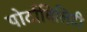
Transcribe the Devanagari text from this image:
पोर्टाबिलिटी